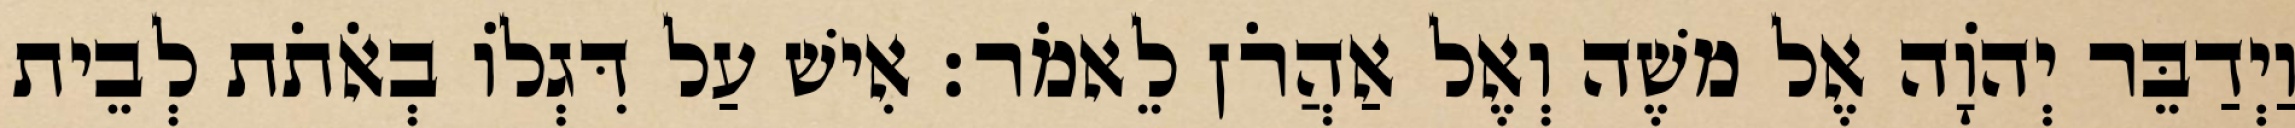
וַיְדַבֵּר יְהֹוָה אֶל משֶׁה וְאֶל אַהֲרֹן לֵאמֹר׃ אִישׁ עַל דִּגְלוֹ בְאֹתֹת לְבֵית